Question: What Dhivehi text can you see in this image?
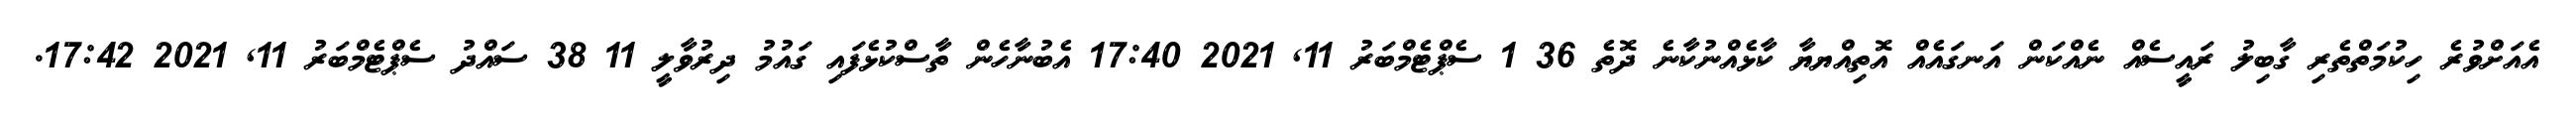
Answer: އެއަށްވުރެ ހިކުމަތްތެރި ގާބިލު ރައީސެއް ނެއްކަން އަނގައެއް އޮތިއްޔޔާ ކާޅެއްނުކާނެ ދޮތެ 36 1 ސެޕްޓެމްބަރު 11, 2021 17:40 އެބުނާހެން ތާސްކުޅެފައި ގައުމު ދިރުވާލީ 11 38 ސައްދު ސެޕްޓެމްބަރު 11, 2021 17:42.